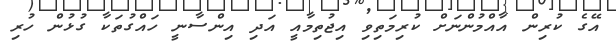
އޭގެ ކުރިން އާއްމުންނަށް ކުރިމަތިވި އިޖުތިމާއީ އަދި އިންސާނީ ހައްގުތަކާ ގުޅުން ހުރި